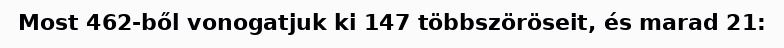
Most 462-ből vonogatjuk ki 147 többszöröseit, és marad 21: